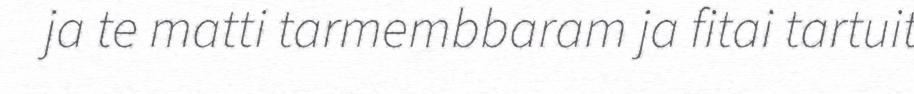
ja te matti tarmembbaram ja fitai tartuit